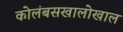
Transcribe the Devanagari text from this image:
कोलंबसखालोखाल